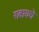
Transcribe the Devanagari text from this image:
राबायचे